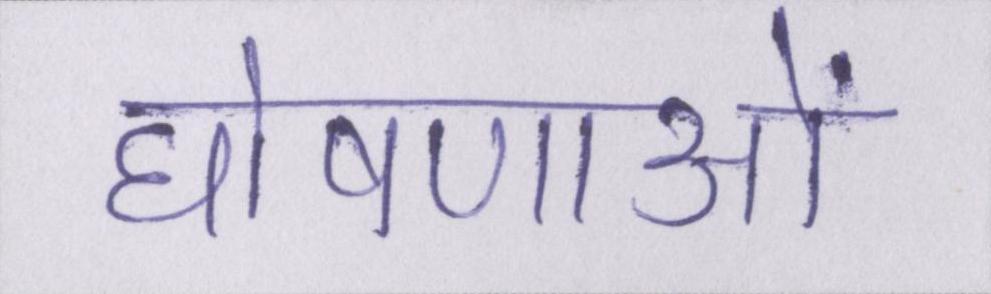
घोषणाओं